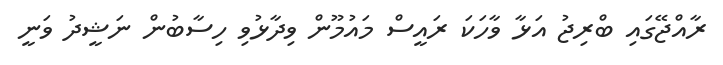
ރާއްޖޭގައި ބްރިޖު އަޅާ ވާހަކަ ރައީސް މައުމޫން ވިދާޅުވި ހިސާބުން ނަޝީދު ވަނީ